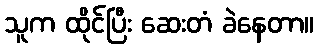
သူက ထိုင်ပြီး ဆေးတံ ခဲနေတာ။